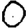
Digit: 0